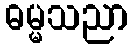
ဓမ္မသညာ